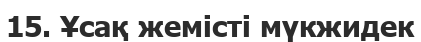
15. Ұсақ жемісті мүкжидек